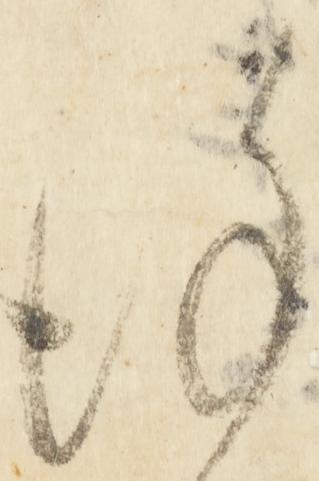
謹